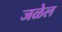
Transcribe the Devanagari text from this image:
जळेल